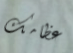
عظامك